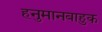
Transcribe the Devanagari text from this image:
हनुमानबाहुक